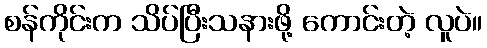
စန်ကိုင်းက သိပ်ပြီးသနားဖို့ ကောင်းတဲ့ လူပဲ။